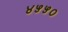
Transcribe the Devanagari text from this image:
४५५०